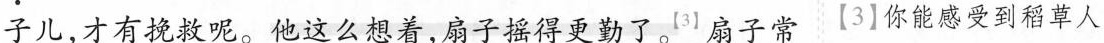
子儿，才有挽救呢。他这么想着，扇子摇得更勤了。 ^{【3】} 扇子常【3】你能感受到稻草人